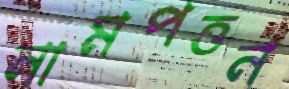
নামপত্তন